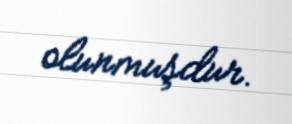
olunmuşdur.